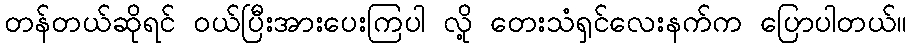
တန်တယ်ဆိုရင် ၀ယ်ပြီးအားပေးကြပါ လို့ တေးသံရှင်လေးနက်က ပြောပါတယ်။